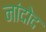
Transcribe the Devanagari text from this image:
नांदोद